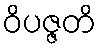
ဝိပဇ္ဇတိ